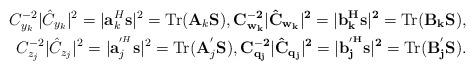
LaTeX: \begin{align*}C^{-2}_{y_k}|{\hat{C}}_{y_k}|^{2}=|{\bf a}^{H}_k{\bf s}|^{2}={\rm{Tr}}({\bf A}_k \bf S),C^{-2}_{w_k}|{\hat{C}}_{w_k}|^{2}=|{\bf b}^{H}_k{\bf s}|^{2}={\rm{Tr}}({\bf B}_k \bf S),\\C^{-2}_{z_j}|{\hat{C}}_{z_j}|^{2}=|{\bf a}^{'^{H}}_j{\bf s}|^{2}={\rm{Tr}}({\bf A}^{'}_j \bf S),C^{-2}_{q_j}|{\hat{C}}_{q_j}|^{2}=|{\bf b}^{'^{H}}_j{\bf s}|^{2}={\rm{Tr}}({\bf B}^{'}_j \bf S).\end{align*}